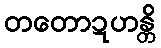
တတောဍဟန္တိ